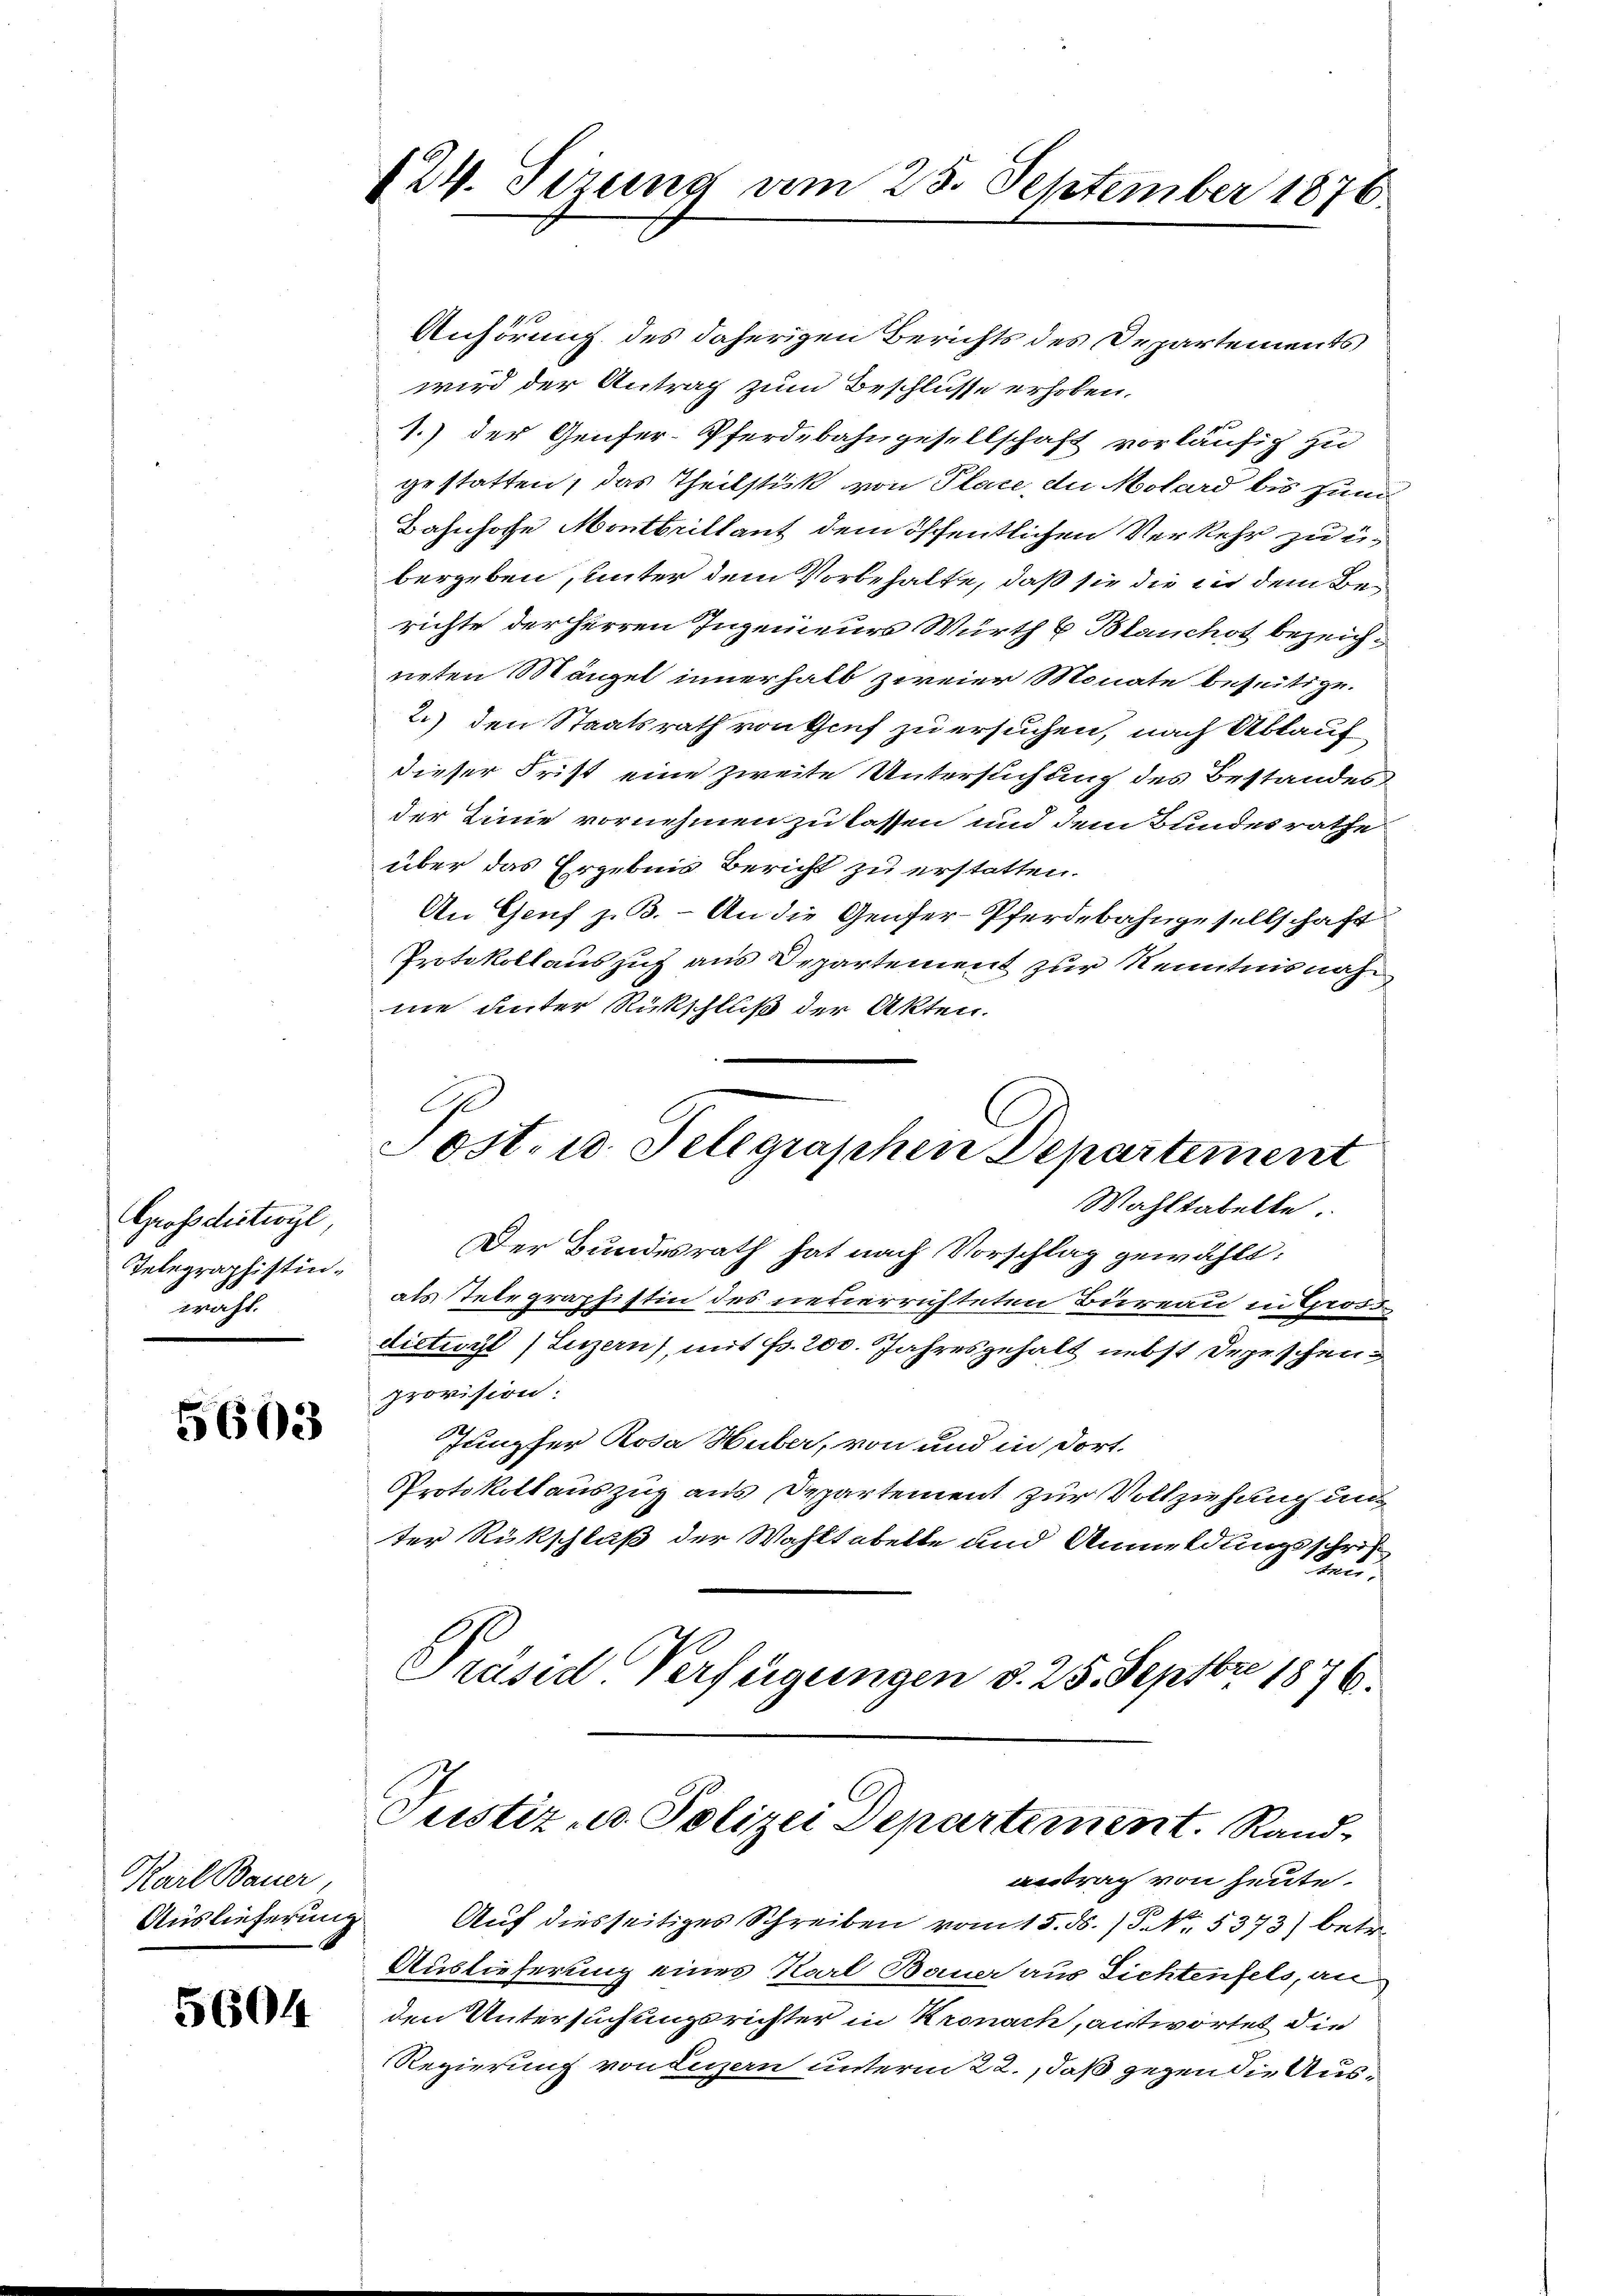
Grossdictiogl,
Telegraphistinwacht

5603

Karl Bauer,
Auslieferung.

5604

424. Sirung am 25. September 1876.

Anhörung des daherigen Berichts des Departements
wird der Antrag zum Beschlüsse erhoben.
1.) der Genfer-Pferdebahngesellschaft vorläufig zu
gestatten, das Theilstück von Place, die Molard bis zum
Bahnhofe Montheitlant dem öffentlichen Verkehr zu übergeben, unter dem Vorbehalte, daß sie die in dem Berichte der Herren Ingenieurs Würth & Blanchot bezeigneten Mängel innerhalb zweier Monate beseitige.
2.) den Staatsrath von Genf zu ersuchen, nach Ablauf
dieser Frist eine zweite Untersuchung des Bestandes
der Linie vornehmen zu lassen und dem Bundesrathe
über das Ergebnis Bericht zu erstatten.
An Genf z. B. - An die Genfer-Pferdebahngesellschaft
Protokollauszug aus Departement zur Kenntnis nah
ne unter Rückschluß der Akten.
C.
Post- u. Selegraphen Departement
Wahltabelle.
Der Bundesrath hat nach Vorschlag gewählt:
als Stelegraphistin des neuerrichteten Bureau in Gross
dictivyl (Luzern, mit Fr. 200. Jahresgehalt nebst Depeschen,
provision:
Jungfer Rosa Huber, von und in dort.
Protokollauszug aus Departement zur Vollziehung und
ter Rückschluß der Wahltabelle und Anmeldungsschrif
aher
Präsid Verfügungen d. 25. Septbr. 1876.

Justiz- u. Polizei Departement. Rand

Auf diesseitiges Schreiben vom 15. ds. /5 No. 5373) betr.
Auslieferung eines Karl Bauer aus Lichtenfels, an
den Untersuchungsrichter in Kronach, antwortet die
Regierung von Luzern unterm 22., daß gegen die Aus¬

antrag von heute.